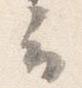
云